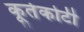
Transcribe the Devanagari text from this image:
कूर्तकोटी